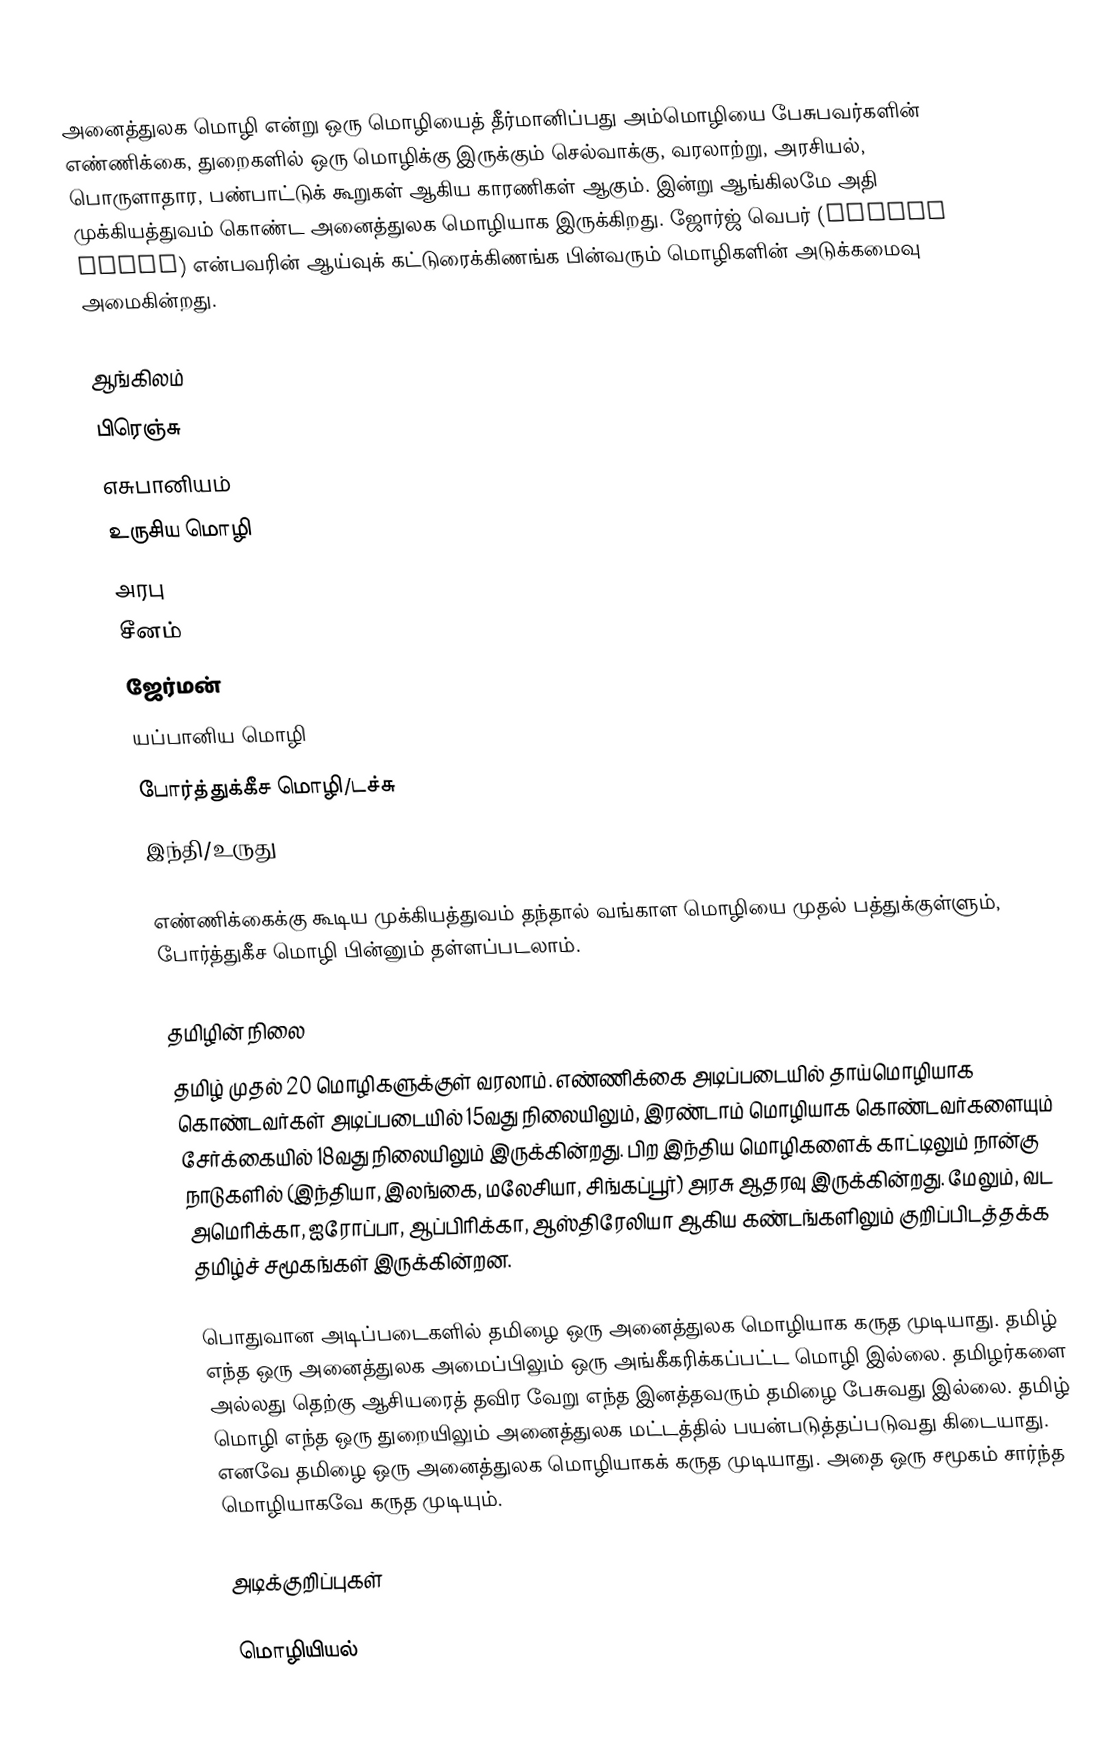
அனைத்துலக மொழி என்று ஒரு மொழியைத் தீர்மானிப்பது அம்மொழியை பேசுபவர்களின் எண்ணிக்கை, துறைகளில் ஒரு மொழிக்கு இருக்கும் செல்வாக்கு, வரலாற்று, அரசியல், பொருளாதார, பண்பாட்டுக் கூறுகள் ஆகிய காரணிகள் ஆகும். இன்று ஆங்கிலமே அதி முக்கியத்துவம் கொண்ட அனைத்துலக மொழியாக இருக்கிறது. ஜோர்ஜ் வெபர் (George Weber) என்பவரின் ஆய்வுக் கட்டுரைக்கிணங்க பின்வரும் மொழிகளின் அடுக்கமைவு அமைகின்றது.

 ஆங்கிலம்
 பிரெஞ்சு
 எசுபானியம்
 உருசிய மொழி
 அரபு
 சீனம்
 ஜேர்மன்
 யப்பானிய மொழி
 போர்த்துக்கீச மொழி/டச்சு
 இந்தி/உருது

எண்ணிக்கைக்கு கூடிய முக்கியத்துவம் தந்தால் வங்காள மொழியை முதல் பத்துக்குள்ளும், போர்த்துகீச மொழி பின்னும் தள்ளப்படலாம்.

தமிழின் நிலை
தமிழ் முதல் 20 மொழிகளுக்குள் வரலாம்.  எண்ணிக்கை அடிப்படையில் தாய்மொழியாக கொண்டவர்கள் அடிப்படையில் 15வது நிலையிலும், இரண்டாம் மொழியாக கொண்டவர்களையும் சேர்க்கையில் 18வது நிலையிலும் இருக்கின்றது.  பிற இந்திய மொழிகளைக் காட்டிலும் நான்கு நாடுகளில் (இந்தியா, இலங்கை, மலேசியா, சிங்கப்பூர்) அரசு ஆதரவு இருக்கின்றது.  மேலும், வட அமெரிக்கா, ஐரோப்பா, ஆப்பிரிக்கா, ஆஸ்திரேலியா ஆகிய கண்டங்களிலும் குறிப்பிடத்தக்க தமிழ்ச் சமூகங்கள் இருக்கின்றன.

பொதுவான அடிப்படைகளில் தமிழை ஒரு அனைத்துலக மொழியாக கருத முடியாது.  தமிழ் எந்த ஒரு அனைத்துலக அமைப்பிலும் ஒரு அங்கீகரிக்கப்பட்ட மொழி இல்லை.  தமிழர்களை அல்லது தெற்கு ஆசியரைத் தவிர வேறு எந்த இனத்தவரும் தமிழை பேசுவது இல்லை. தமிழ் மொழி எந்த ஒரு துறையிலும் அனைத்துலக மட்டத்தில் பயன்படுத்தப்படுவது கிடையாது.  எனவே தமிழை ஒரு அனைத்துலக மொழியாகக் கருத முடியாது.  அதை ஒரு சமூகம் சார்ந்த மொழியாகவே கருத முடியும்.

அடிக்குறிப்புகள்

மொழியியல்